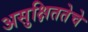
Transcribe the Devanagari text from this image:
असुक्षिततेचे